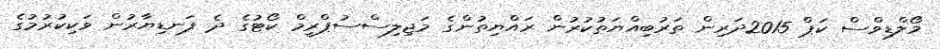
މޯލްޑިވްސް ކަޕް 2015ދަރިން ތަރުބިއްޔަތުކުރުން ރައްޔިތުންގެ މަޖިލިސްސުޕްރީމް ކޯޓުގެ ދެ ފަނޑިޔާރުން ވަކިކުރުމުގެ